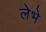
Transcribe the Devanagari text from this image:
लेभे